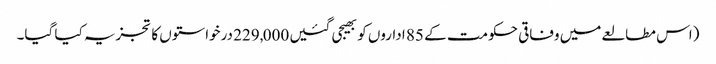
(اس مطالعے میں وفاقی حکومت کے 85 اداروں کو بھیجی گئیں 229,000 درخواستوں کا تجزیہ کیا گیا۔